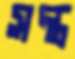
সন্ত